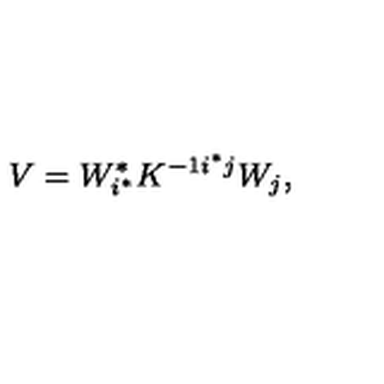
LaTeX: V = W _ { i ^ { * } } ^ { * } K ^ { - 1 { i ^ { * } } j } W _ { j } ,